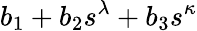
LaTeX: b_{1}+b_{2}s^{\lambda}+b_{3}s^{\kappa}